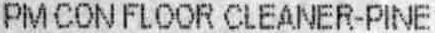
PM CON FLOOR CLEANER-PINE